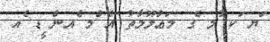
ަޔ ަކ ުމ ެގ މަޢުލޫމާތު އެ ްމ ެއން ީޑ ެއ